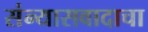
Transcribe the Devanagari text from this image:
संन्यासवादाचा